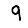
Digit: 9